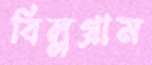
বিল্লগ্রাম